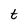
Character: t